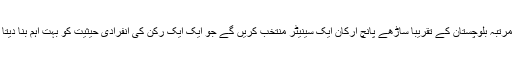
اس مرتبہ بلوچستان کے تقریباً ساڑھے پانچ ارکان ایک سینیٹر منتخب کریں گے جو ایک ایک رُکن کی انفرادی حیثیت کو بہت اہم بنا دیتا ہے۔